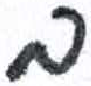
אות: ב